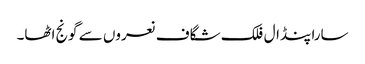
سارا پنڈال فلک شگاف نعروں سے گونج اٹھا۔